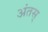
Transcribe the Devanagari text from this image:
अंतस्‌